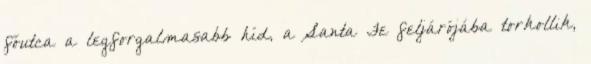
főutca a legforgalmasabb híd, a Santa Fe feljárójába torkollik,